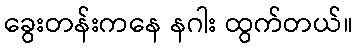
ခွေးတန်းကနေ နဂါး ထွက်တယ်။